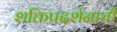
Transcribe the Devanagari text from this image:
शक्तिप्रदर्शनाची